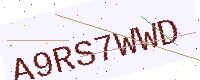
Text: A9RS7WWD